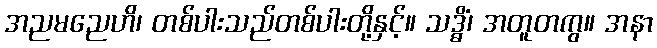
အညမညေဟိ၊ တစ်ပါးသည်တစ်ပါးတို့နှင့်။ သဒ္ဓိံ၊ အတူတကွ။ အနာ